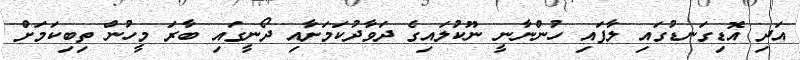
އަދި އޮޑިގަނޑުގައި ލާފައި ހުންނާނީ ނޫކުލައިގެ ދަވާދުކަމަށާއި ދޯނީގައި ބާރަ މީހުން ތިބިކަމަށް